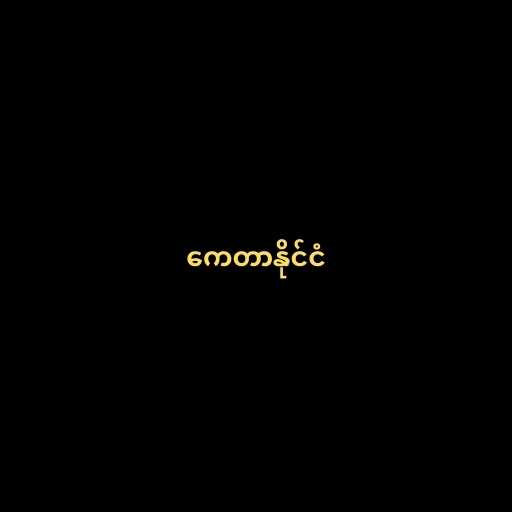
ကေတာနိုင်ငံ